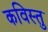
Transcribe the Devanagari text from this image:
कविस्तु